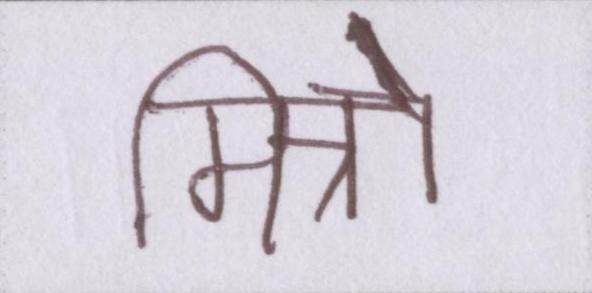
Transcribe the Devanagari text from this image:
मित्रो